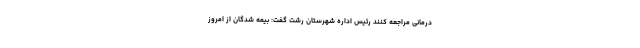
درمانی مراجعه کنند رئیس اداره شهرستان رشت گفت: بیمه شدگان از امروز